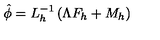
\hat { \phi } = L _ { h } ^ { - 1 } \left( \Lambda F _ { h } + M _ { h } \right)